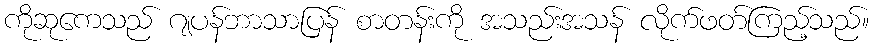
ကိုဆုကေသည် ဂျပန်ဘာသာပြန် စာတန်းကို အသည်းအသန် လိုက်ဖတ်ကြည့်သည်။